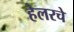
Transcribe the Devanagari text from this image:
हेलरचे